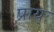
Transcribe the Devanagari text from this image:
प्राय्ः